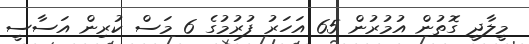
މީލާދީ ގޮތުން އުމުރުން 65 އަހަރު ފުރުމުގެ 6 މަސް ކުރިން އަސާސީ